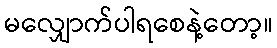
မလျှောက်ပါရစေနဲ့တော့။